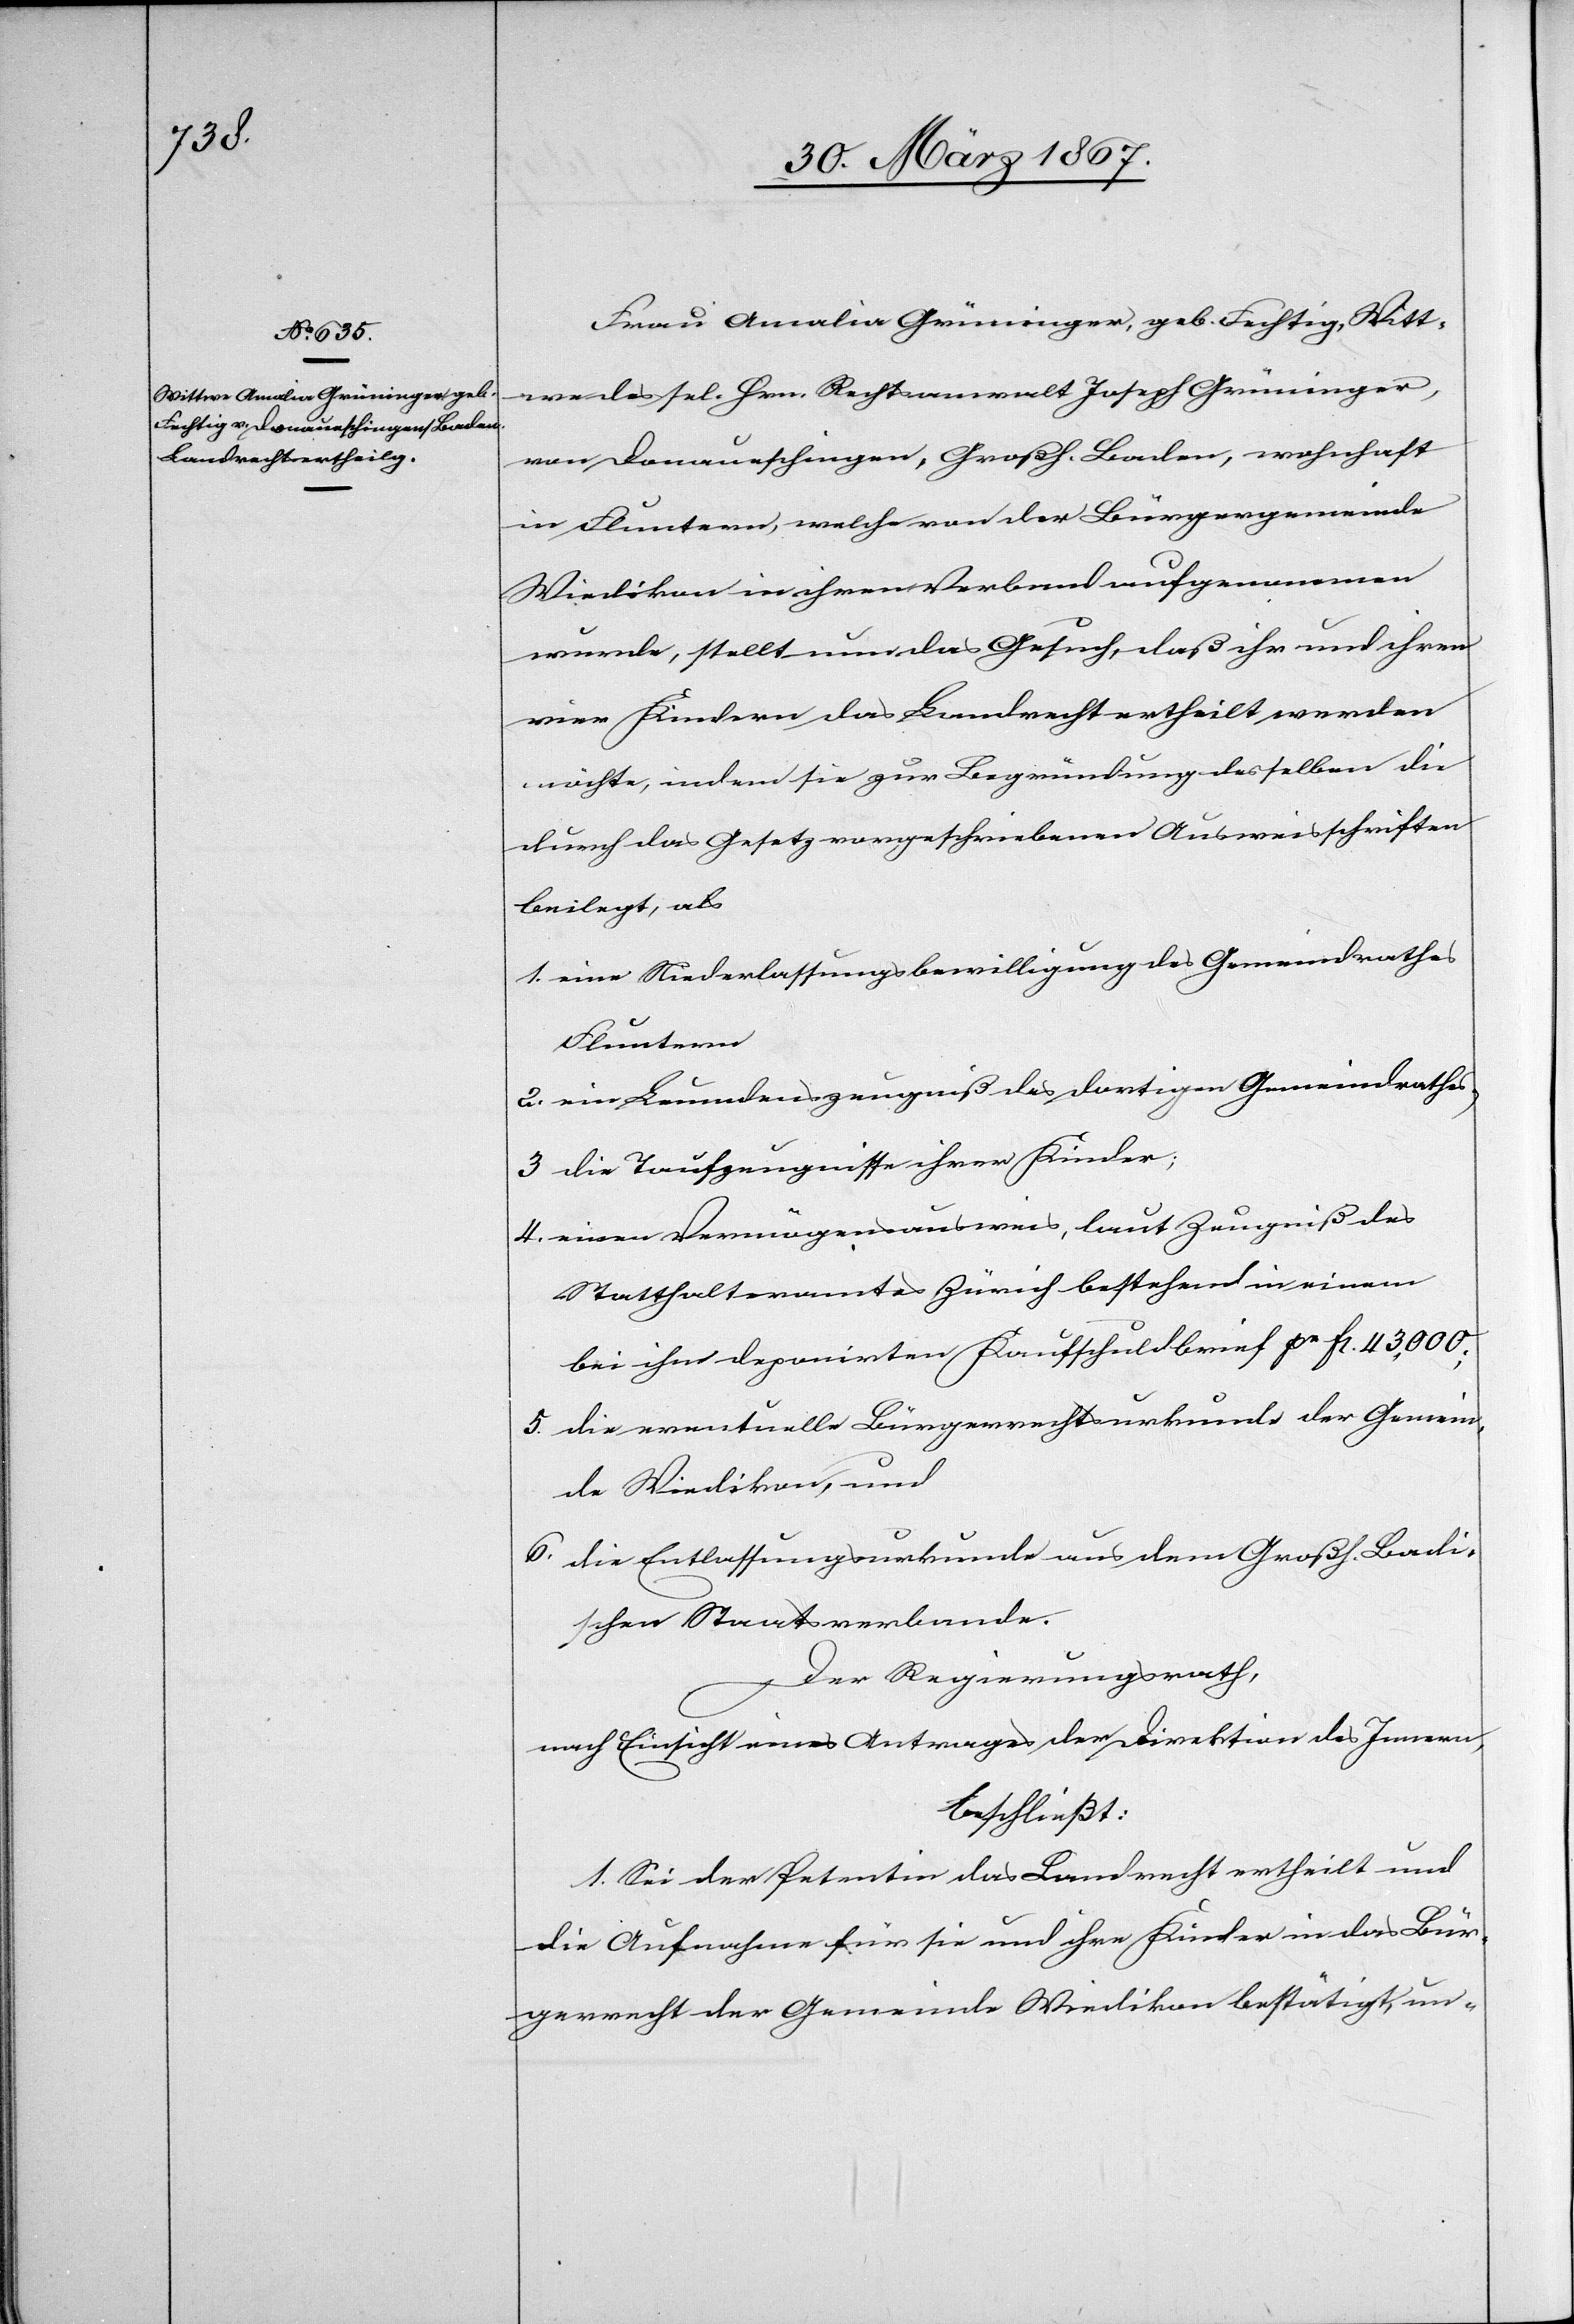
Frau Amalia Grüninger, geb. Fechtig, Witt¬
we des sel. Hrn. Rechtsanwalt Joseph Grüninger,
von Donaueschingen, Großh. Baden, wohnhaft
in Fluntern, welche von der Bürgergemeinde
Wiedikon in ihren Verband aufgenommen
wurde, stellt nun das Gesuch, daß ihr und ihren
vier Kindern das Landrecht ertheilt werden
möchte, indem sie zur Begründung desselben die
durch das Gesetz vorgeschriebenen Ausweisschriften
beilegt, als
1. 	eine Niederlassungsbewilligung des Gemeindrathes
Fluntern,
2. 	ein Leumdenszeugniß des dortigen Gemeindrathes,
3. 	die Taufzeugnisse ihrer Kinder;
4. 	einen Vermögensausweis, laut Zeugniß des
Statthalteramtes Zürich bestehend in einem
bei ihm deponirten Kaufschuldbrief pr fl. 46,000;
5.	die eventuelle Bürgerrechtsurkunde der Gemein¬
de Wiedikon, und
6. 	die Entlassungsurkunde aus dem Großh. Badi¬
schen Staatsverbande.
Der Regierungsrath,
nach Einsicht eines Antrages der Direktion des Innern,
beschließt:
1. Sei der Petentin das Landrecht ertheilt und
die Aufnahme für sie und ihre Kinder in das Bür¬
gerrecht der Gemeinde Wiedikon bestätigt, un-